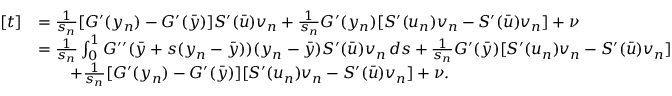
\begin{array} { r l } { [ t ] } & { = \frac { 1 } { s _ { n } } [ G ^ { \prime } ( y _ { n } ) - G ^ { \prime } ( \bar { y } ) ] S ^ { \prime } ( \bar { u } ) v _ { n } + \frac { 1 } { s _ { n } } G ^ { \prime } ( y _ { n } ) [ S ^ { \prime } ( u _ { n } ) v _ { n } - S ^ { \prime } ( \bar { u } ) v _ { n } ] + \nu } \\ & { = \frac { 1 } { s _ { n } } \int _ { 0 } ^ { 1 } G ^ { \prime \prime } ( \bar { y } + s ( y _ { n } - \bar { y } ) ) ( y _ { n } - \bar { y } ) S ^ { \prime } ( \bar { u } ) v _ { n } \, d s + \frac { 1 } { s _ { n } } G ^ { \prime } ( \bar { y } ) [ S ^ { \prime } ( u _ { n } ) v _ { n } - S ^ { \prime } ( \bar { u } ) v _ { n } ] } \\ & { \qquad + \frac { 1 } { s _ { n } } [ G ^ { \prime } ( y _ { n } ) - G ^ { \prime } ( \bar { y } ) ] [ S ^ { \prime } ( u _ { n } ) v _ { n } - S ^ { \prime } ( \bar { u } ) v _ { n } ] + \nu . } \end{array}